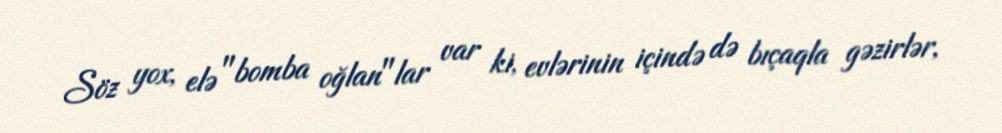
Söz yox, elə "bomba oğlan"lar var ki, evlərinin içində də bıçaqla gəzirlər,